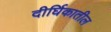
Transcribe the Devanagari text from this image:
दीर्घिकातील